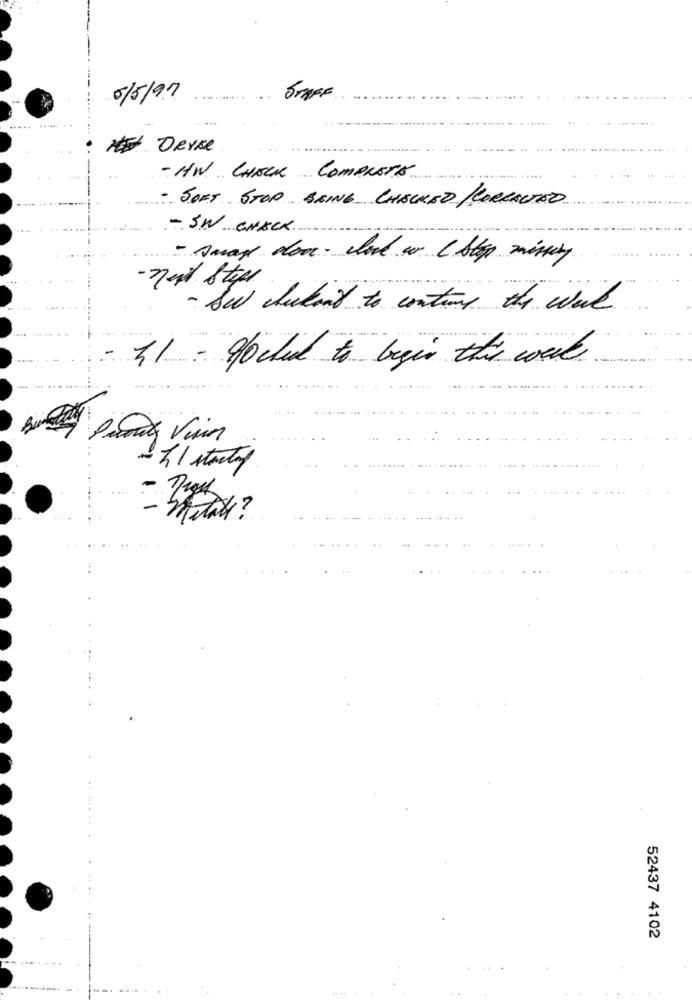
6/5/97
. ............
+ + 144
- HV .. CHECK COMPLETA
- SOFT STOP BEING CHECKED /CORRECTED
- SW. CHECK.
- Amax don- cloud w ( Stopp miney
- Se checkand to contons the wall
3.1 - gocted to begin this work
-
- mas ?
52437 4102